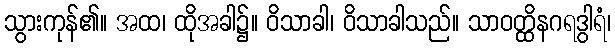
သွားကုန်၏။ အထ၊ ထိုအခါ၌။ ဝိသာခါ၊ ဝိသာခါသည်။ သာဝတ္ထိနဂရဒွါရံ၊